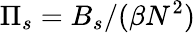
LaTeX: \Pi_{s}=B_{s}/(\beta N^{2})